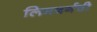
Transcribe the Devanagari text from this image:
लिमबर्गची